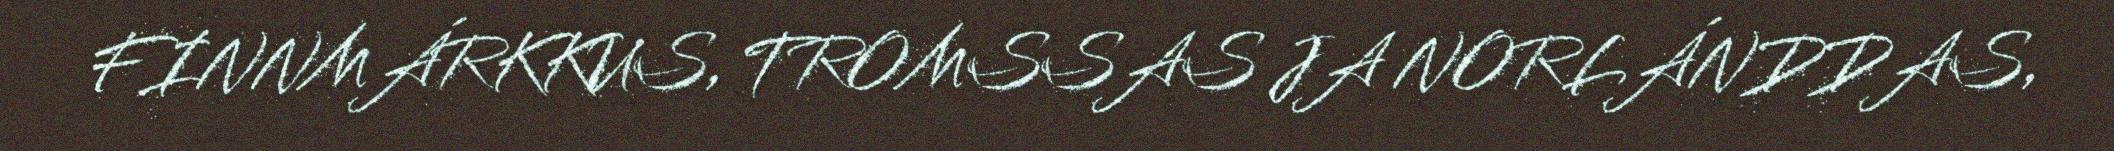
FINNMÁRKKUS, TROMSSAS JA NORLÁNDDAS,